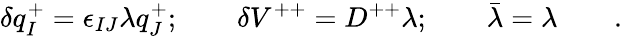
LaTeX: \delta q_{I}^{+}=\epsilon_{IJ}\lambda q_{J}^{+};\qquad\delta V^{++}=D^{++}\lambda;\qquad\bar{\lambda}=\lambda\qquad.